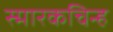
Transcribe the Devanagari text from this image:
स्मारकचिन्ह